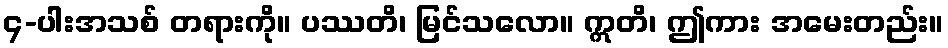
၄-ပါးအသစ် တရားကို။ ပဿတိ၊ မြင်သလော။ ဣတိ၊ ဤကား အမေးတည်း။